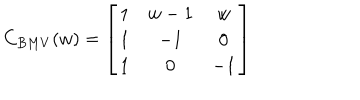
LaTeX: C _ { B M V } ( w ) = \left[ \begin{matrix} { { 1 } } & { { w - 1 } } & { { w } } \\ { { 1 } } & { { - 1 } } & { { 0 } } \\ { { 1 } } & { { 0 } } & { { - 1 } } \\ \end{matrix} \right]